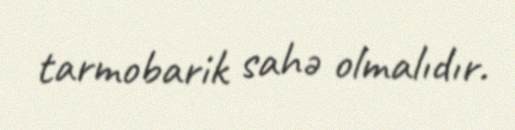
tarmobarik sahə olmalıdır.